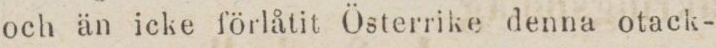
och än icke förlåtit Österrike denna otack-